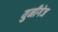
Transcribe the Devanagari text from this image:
युनीगेज